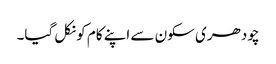
چودھری سکون سے اپنے کام کو نکل گیا۔